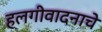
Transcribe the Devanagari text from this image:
हलगीवादनाचे